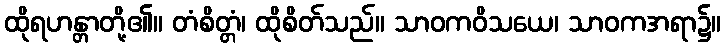
ထိုရဟန္တာတို့၏။ တံစိတ္တံ၊ ထိုစိတ်သည်။ သာဝကဝိသယေ၊ သာဝကအရာ၌။